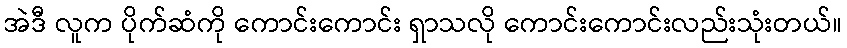
အဲဒီ လူက ပိုက်ဆံကို ကောင်းကောင်း ရှာသလို ကောင်းကောင်းလည်းသုံးတယ်။